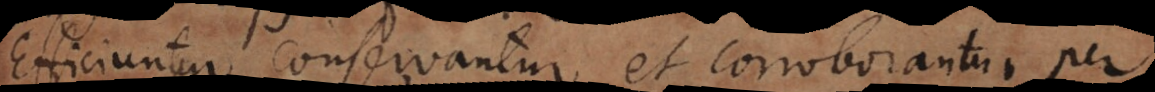
producuntur, conservantur et corroborantur per